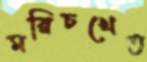
মরিচখেত